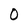
Character: O